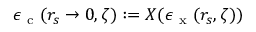
\epsilon _ { \mathrm { ~ c ~ } } ( r _ { s } \to 0 , \zeta ) : = X ( \epsilon _ { \mathrm { ~ x ~ } } ( r _ { s } , \zeta ) )